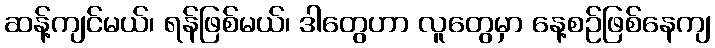
ဆန့်ကျင်မယ်၊ ရန်ဖြစ်မယ်၊ ဒါတွေဟာ လူတွေမှာ နေ့စဉ်ဖြစ်နေကျ